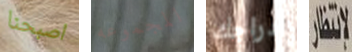
اصبحنا المجموعه أدراجك لانتظار